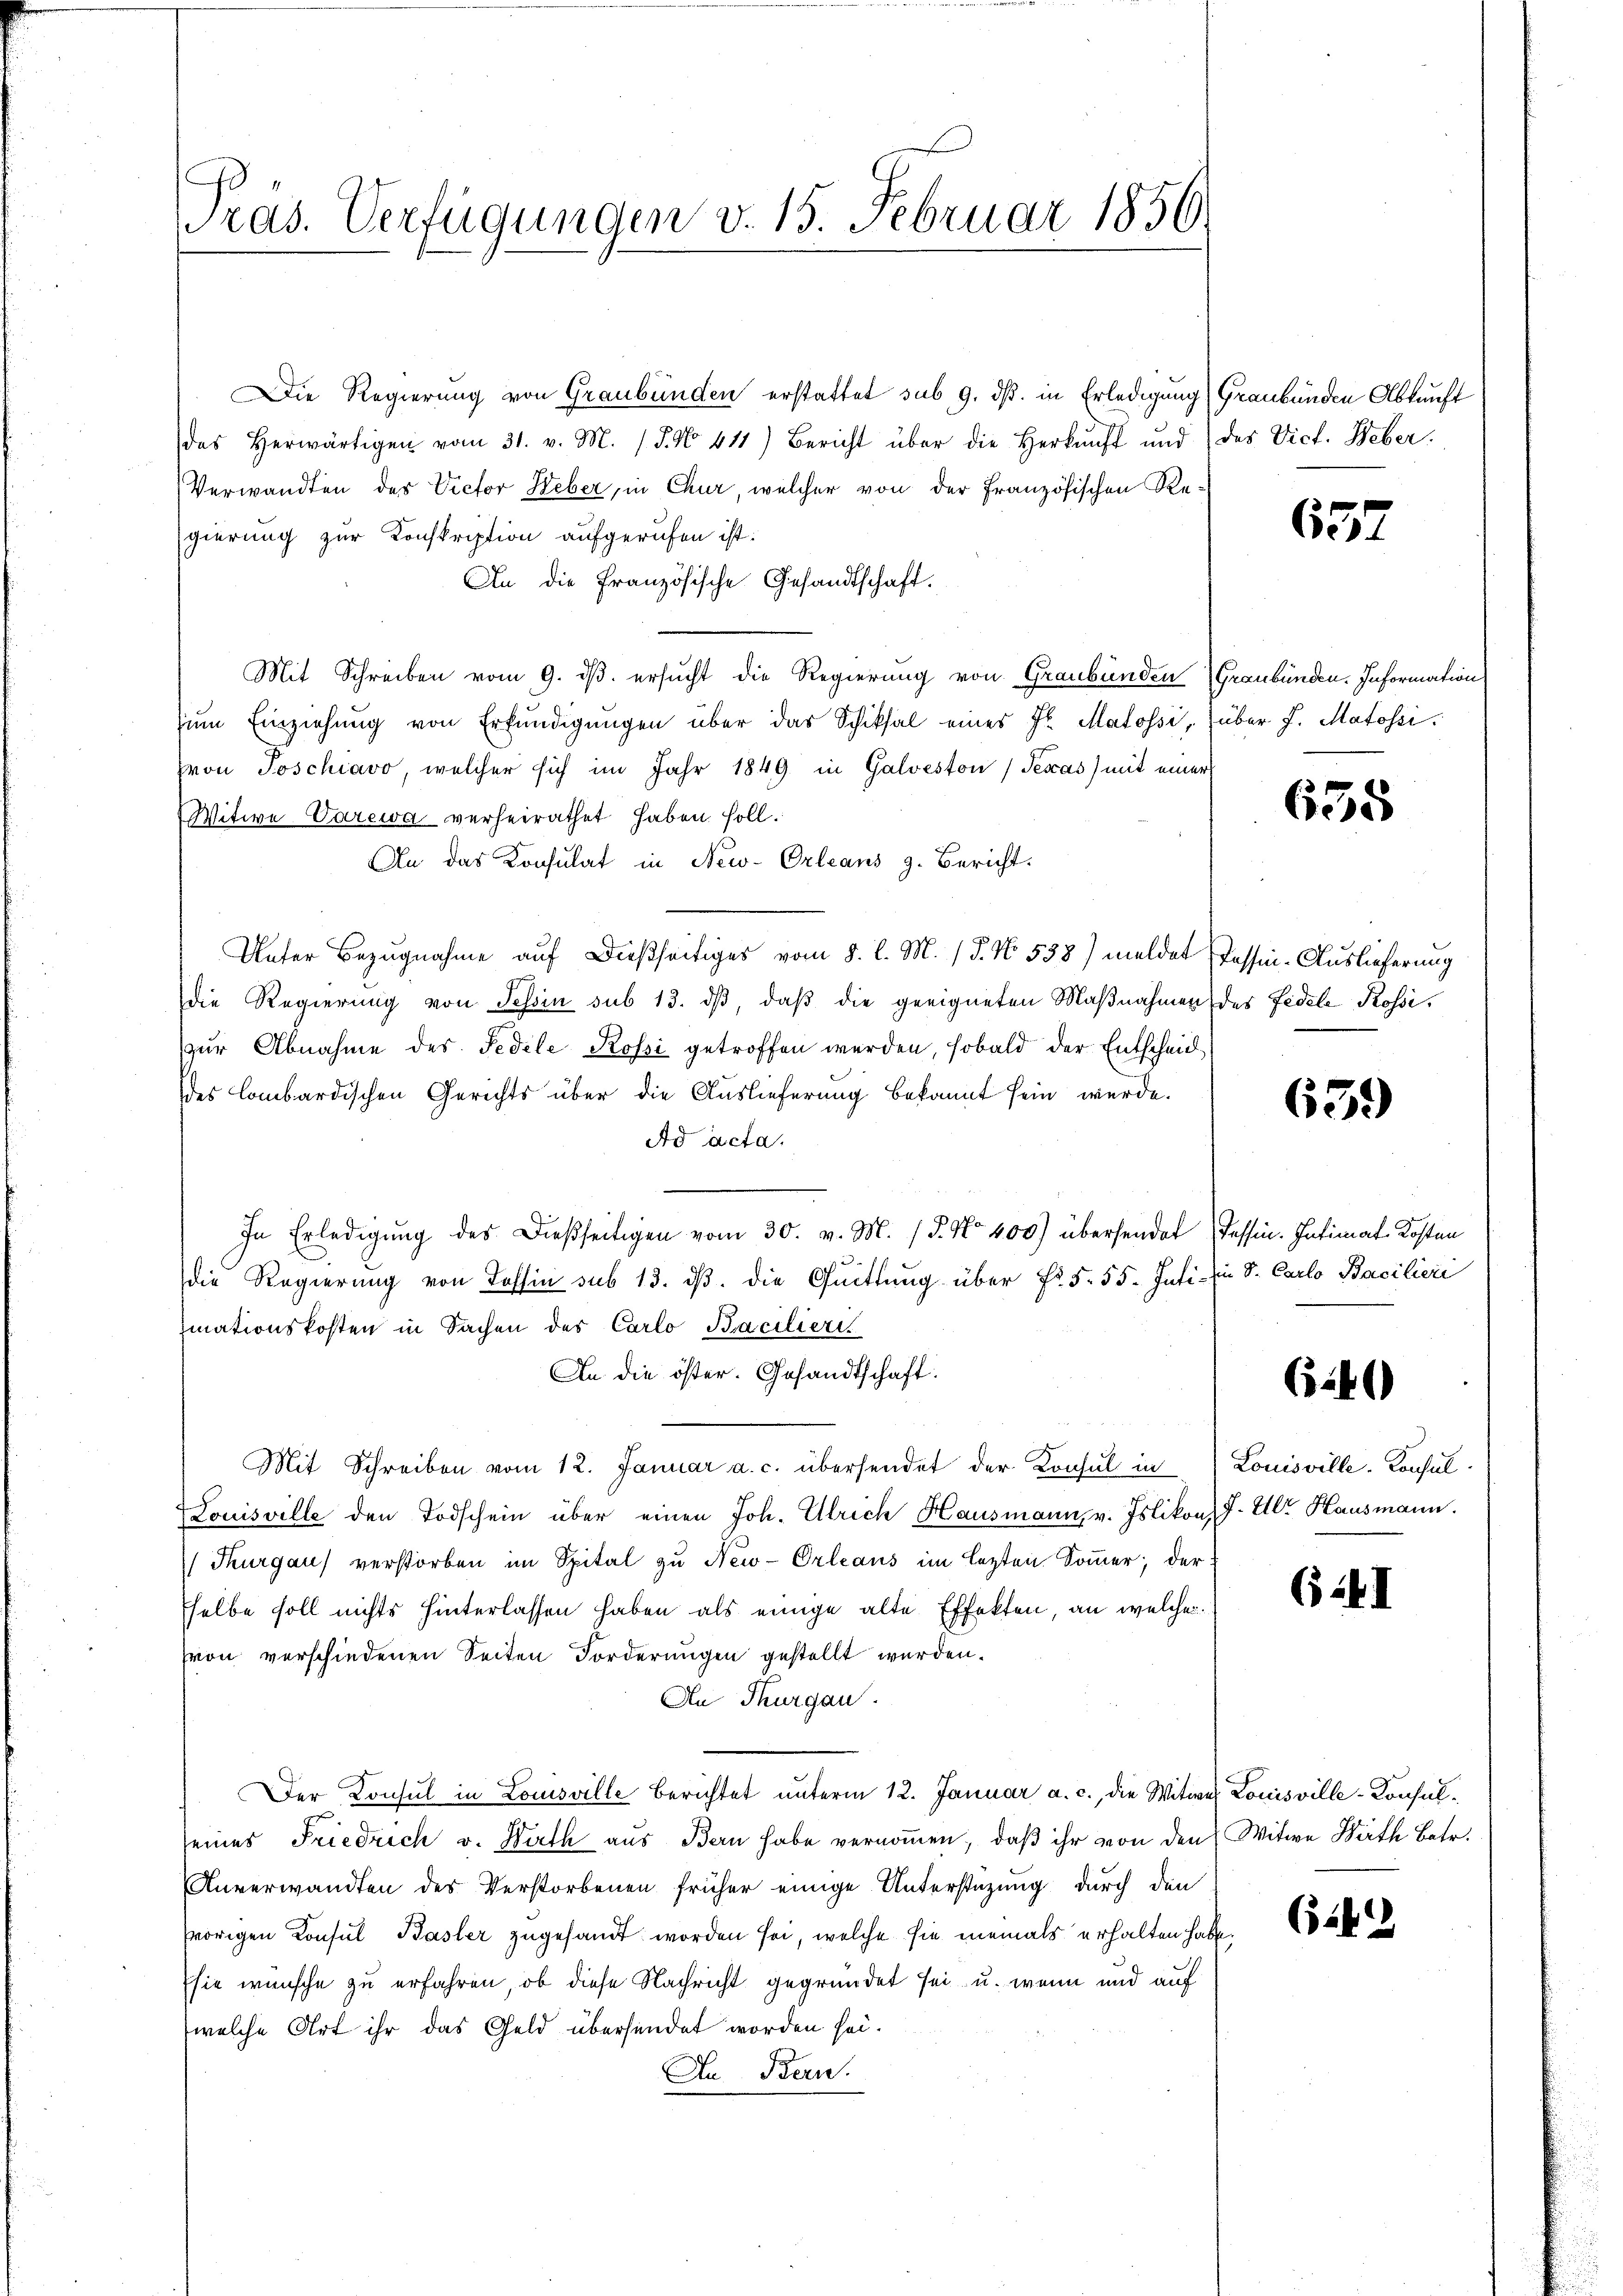
ras. Verfügungen v. 15. Februar 1856.

Die Regierung von Graubünden erstattet sub 9. ds. in Erledigung
das herwärtigen vom 31. v. M. (T. No 411) Bericht über die Herkŭnft und des Vict. Weber.
(Verwandten des Victor Heber, in Chur, welcher von der Französischen Regierung zur Konskription aufgerufen ist.
An die Französische Gesandtschaft.
Mit Schreiben vom 9. dβ. ersucht die Regierung von Graubünden Graubünden. Information
zŭm Einziehung von Erfündigungen über das Schiksal eines Fr. Matossi, über J. Matossivon Poschiavo, welcher sich im Jahr 1849 in Galveston Texas) mit einer
Witwe Varewa verheirathet haben soll.
An das Konsulat in New-Orleans z. Bericht.
Unter Bezugnahme auf dießseitiges vom 8. d. M. (T. No. 538) meldet Tessin-Auslieferung
die Regierung von Tessin sub 13. dβ, daß die geeigneten Maßnahmen des Fidele Rossizur Abnahme des Fedele Rossi getroffen werden, sobald der Entscheid
des lombardischen Gerichts über die Auslieferung bekannt sein werde.
Ad acta.
In Erledigung des Dießseitigen vom 30. v. M. P. No 400) übersendet
die Regierung von Kassin sub 13. dβ. die Quittung über No. 5. 55. Inti- in S. Carlo Bacilieri
mationskosten in Sachen des Carlo Bracilieri
An die öster. Gesandtschaft.
Mit Schreiben vom 12. Januar a. c. übersendet der Konsul in
Louisville den Todschein über einen Joh. Ulrich Hausmann, v. Islikon J. Ulr. Hausmann.
Thurgau verstorben im Spital zu New-Orleans im lezten Sommer, der
selbe soll nichts hinterlassen haben als einige alte Effekten, an welcher
von verschiedenen Seiten Forderungen gestellt werden.
An Thurgau.
Der Konsul in Louisville Berichtet unterm 12. Januar a. c., die Witwe Louisville-Konsulseines Friedrich v. Hirth aus Bern habe vernommen, daß ihr von den Witwe Rath Betr.
Anverwandten des Verstorbenen früher einige Unterstüzung durch den
vorigen Konsul Basler zugesandt worden sei, welche sie niemals erhalten habe
sie wünsche zu erfahren, ob diese Nachricht gegründet sei u. wenn und auf
welche Art ihr das Geld übersendet worden sei.
An Bern.

Graubünden Abkunft

657

638

659

Tessin. Intimat. Kosten

652)

Louisville. Konsul

(I

64